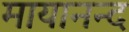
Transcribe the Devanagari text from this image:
मायानन्द